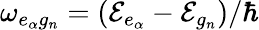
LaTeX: \omega_{e_{\alpha}g_{n}}=({\cal E}_{e_{\alpha}}-{\cal E}_{g_{n}})/\hbar